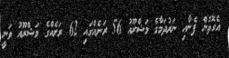
އެގޮތުން ފެނާއި ނަރުދަމާގެ މަޝްރޫއު 56 ރަށެއްގައި 62 ރަށެއްގެ މަޝްރޫއު ވަނީ